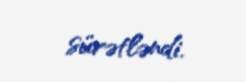
sürətləndi.